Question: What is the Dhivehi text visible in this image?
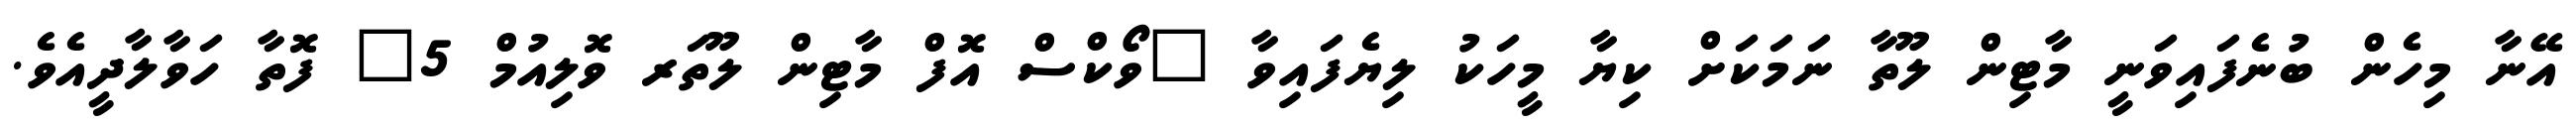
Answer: އޭނާ މިހެން ބުނެފައިވަނީ މާޓިން ލޫތާ ނަމަކަށް ކިޔާ މީހަކު ލިޔެފައިވާ "ވޯކްސް އޮފް މާޓިން ލޫތަރ ވޮލިއުމް 5" ފޮތާ ހަވާލާދީއެވެ.